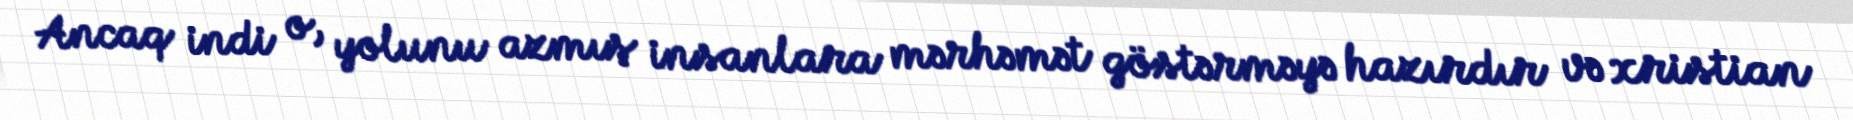
Ancaq indi o, yolunu azmış insanlara mərhəmət göstərməyə hazırdır və xristian